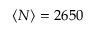
\langle N \rangle = 2 6 5 0